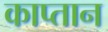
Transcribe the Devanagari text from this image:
काप्तान